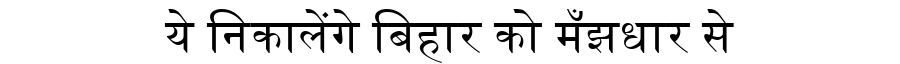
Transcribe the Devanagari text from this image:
ये निकालेंगे बिहार को मँझधार से